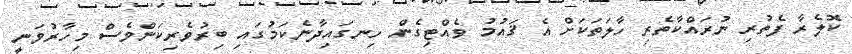
ކޮލެރާ ފެތުރި ނުރައްކާތެރި ހާލަތަކަށް އެ ޤައުމު ވެއްޓިގެން ހިނގައިދާނެކަމުގައި ބިރުވެރިކަންވެސް މިހާރުވަނީ